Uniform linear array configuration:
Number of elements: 64
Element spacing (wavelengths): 1
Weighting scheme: binomial
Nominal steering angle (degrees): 45
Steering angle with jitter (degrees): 43.485
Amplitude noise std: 0.05
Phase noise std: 0.05

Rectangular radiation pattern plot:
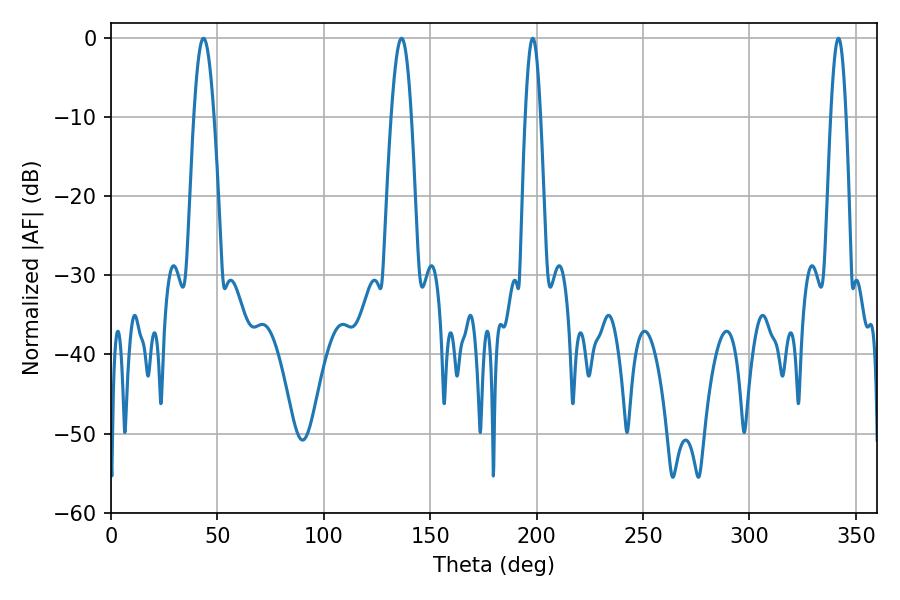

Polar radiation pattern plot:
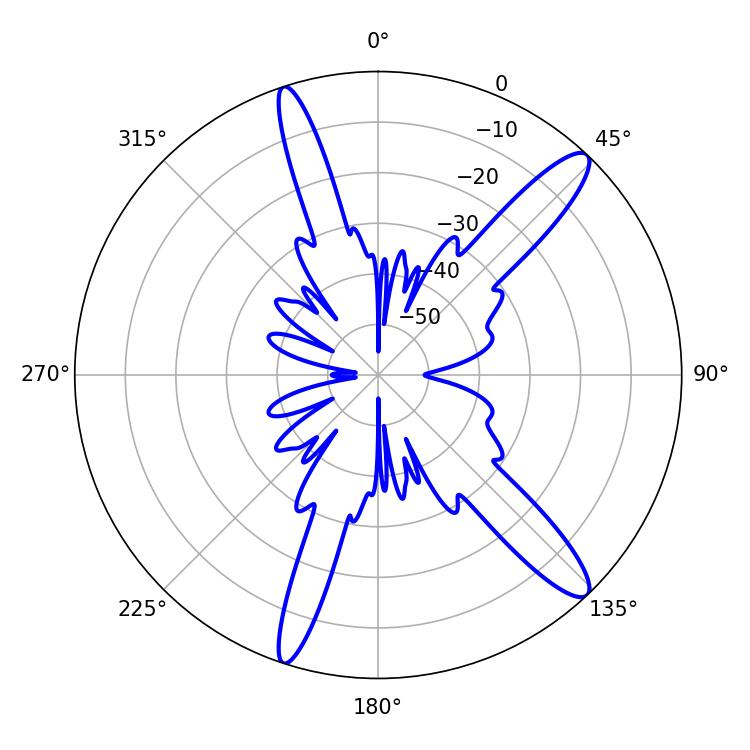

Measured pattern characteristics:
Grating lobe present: TRUE
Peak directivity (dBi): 13.554
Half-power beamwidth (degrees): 3.96
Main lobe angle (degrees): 198.18